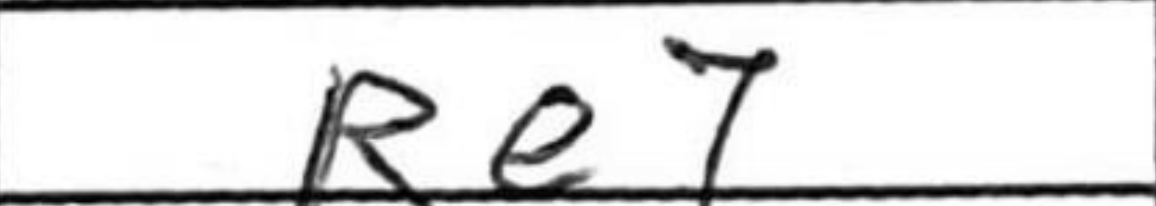
Transcription: Re7